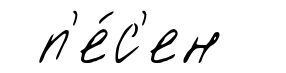
п'е́с'ен